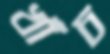
খাঁচ